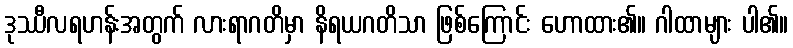
ဒုဿီလရဟန်းအတွက် လားရာဂတိမှာ နိရယဂတိသာ ဖြစ်ကြောင်း ဟောထား၏။ ဂါထာများ ပါ၏။